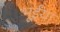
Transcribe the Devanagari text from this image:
भूईंया